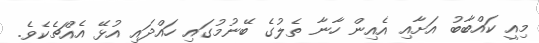
މިއީ ކައްބާބު އަށާއި އެއިން ހާނާ ތެލުގެ ބޭނުމުގައި ހައްދައި އުޅޭ އެއްޗެކެވެ.